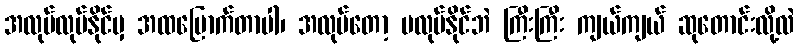
အလုပ်လုပ်နိုင်မှ အထမြောက်တာပါ၊ အလုပ်တော့ မလုပ်နိုင်ဘဲ ကြီးကြီး ကျယ်ကျယ် ဆုတောင်းလို့လဲ